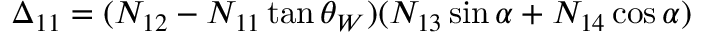
\Delta _ { 1 1 } = ( N _ { 1 2 } - N _ { 1 1 } \tan \theta _ { W } ) ( N _ { 1 3 } \sin \alpha + N _ { 1 4 } \cos \alpha )